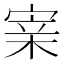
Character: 𡩁